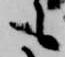
も